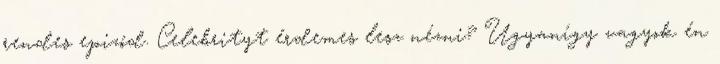
rendes epizód. Celebrityt érdemes lesz nézni? Ugyanígy vagyok én